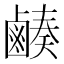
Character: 𪉮